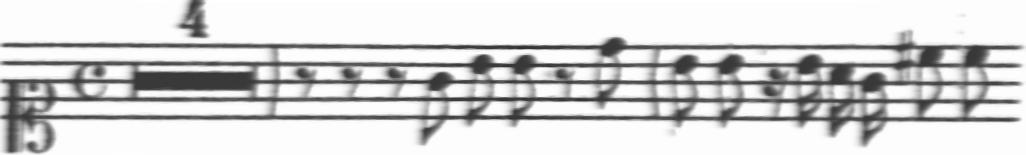
Transcription: clef-C1 timeSignature-C multirest-4 barline rest-eighth rest-eighth rest-eighth note-G4_eighth note-B4_eighth note-B4_eighth rest-eighth note-D5_eighth barline note-B4_eighth note-B4_eighth rest-sixteenth note-B4_sixteenth note-A4_sixteenth note-G4_sixteenth note-C#5_eighth note-C5_eighth